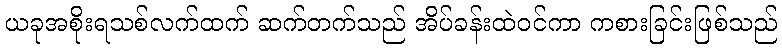
ယခုအစိုးရသစ်လက်ထက် ဆက်တက်သည် အိပ်ခန်းထဲဝင်ကာ ကစားခြင်းဖြစ်သည်